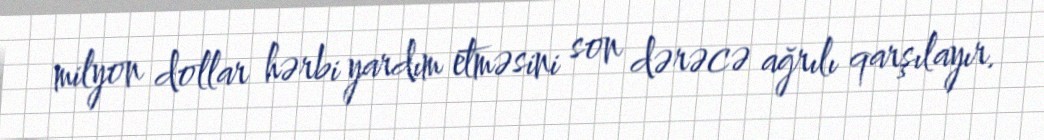
milyon dollar hərbi yardım etməsini son dərəcə ağrılı qarşılayır.